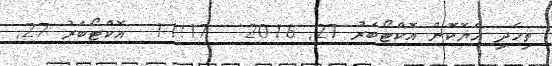
ތިހެދި ހެޔޮކޮން އޮކްޓޯބަރު 27